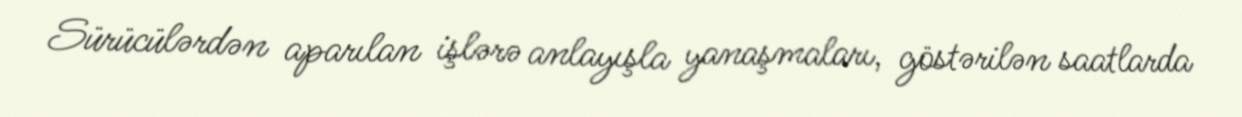
Sürücülərdən aparılan işlərə anlayışla yanaşmaları, göstərilən saatlarda